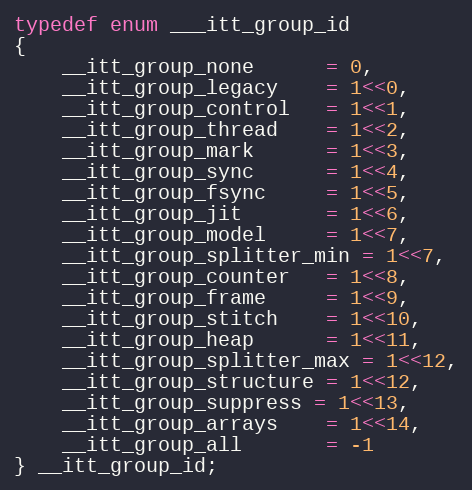
Language: C
typedef enum ___itt_group_id
{
    __itt_group_none      = 0,
    __itt_group_legacy    = 1<<0,
    __itt_group_control   = 1<<1,
    __itt_group_thread    = 1<<2,
    __itt_group_mark      = 1<<3,
    __itt_group_sync      = 1<<4,
    __itt_group_fsync     = 1<<5,
    __itt_group_jit       = 1<<6,
    __itt_group_model     = 1<<7,
    __itt_group_splitter_min = 1<<7,
    __itt_group_counter   = 1<<8,
    __itt_group_frame     = 1<<9,
    __itt_group_stitch    = 1<<10,
    __itt_group_heap      = 1<<11,
    __itt_group_splitter_max = 1<<12,
    __itt_group_structure = 1<<12,
    __itt_group_suppress = 1<<13,
    __itt_group_arrays    = 1<<14,
    __itt_group_all       = -1
} __itt_group_id;